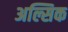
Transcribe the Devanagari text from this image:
अल्सिक